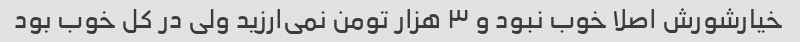
خیارشورش اصلا خوب نبود و ۳ هزار تومن نمی‌ارزید ولی در کل خوب بود